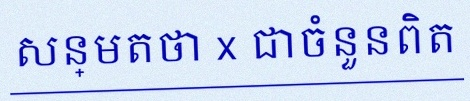
សន្មតថា x ជាចំនួនពិត